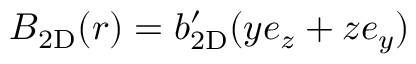
\boldsymbol { B } _ { \mathrm { 2 D } } ( \boldsymbol { r } ) = \ensuremath { b _ { \mathrm { 2 D } } ^ { \prime } } ( y \boldsymbol { e } _ { z } + z \boldsymbol { e } _ { y } )